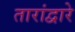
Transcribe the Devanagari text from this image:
तारांद्वारे